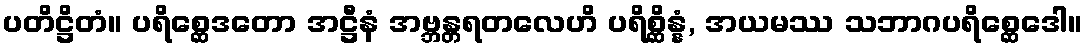
ပတိဋ္ဌိတံ။ ပရိစ္ဆေဒတော အဋ္ဌီနံ အဗ္ဘန္တရတလေဟိ ပရိစ္ဆိန္နံ, အယမဿ သဘာဂပရိစ္ဆေဒေါ။